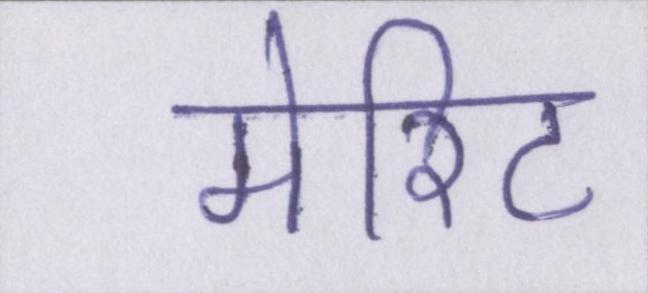
मेरिट